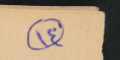
١٤